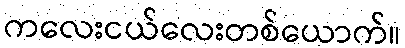
ကလေးငယ်လေးတစ်ယောက်။